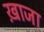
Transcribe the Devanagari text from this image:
ख़ाजा